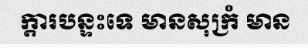
ក្តារបន្ទះទេ មានសុក្រំ មាន